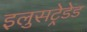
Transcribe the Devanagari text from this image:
इलुसट्रेडेड